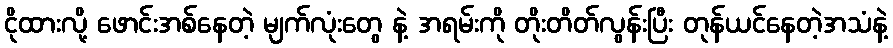
ငိုထားလို့ ဖောင်းအစ်နေတဲ့ မျက်လုံးတွေ နဲ့ အရမ်းကို တိုးတိတ်လွန်းပြီး တုန်ယင်နေတဲ့အသံနဲ့